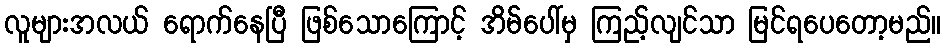
လူများအလယ် ရောက်နေပြီ ဖြစ်သောကြောင့် အိမ်ပေါ်မှ ကြည့်လျင်သာ မြင်ရပေတော့မည်။